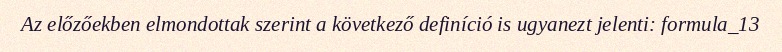
Az előzőekben elmondottak szerint a következő definíció is ugyanezt jelenti: formula_13